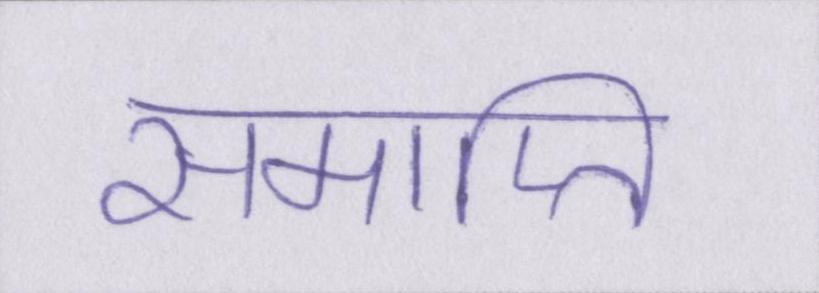
समाप्ति